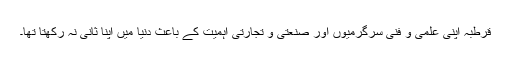
قرطبہ اپنی علمی و فنی سرگرمیوں اور صنعتی و تجارتی اہمیت کے باعث دُنیا میں اپنا ثانی نہ رکھتا تھا۔